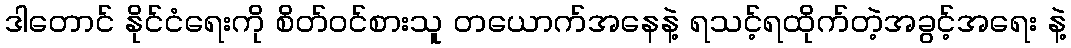
ဒါတောင် နိုင်ငံရေးကို စိတ်ဝင်စားသူ တယောက်အနေနဲ့ ရသင့်ရထိုက်တဲ့အခွင့်အရေး နဲ့